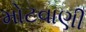
મોટવાણી